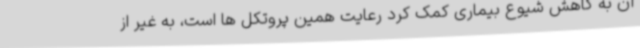
آن به کاهش شیوع بیماری کمک کرد رعایت همین پروتکل ها است، به غیر از